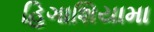
હિગાશિયામા